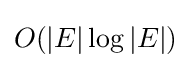
O(|E|\log |E|)